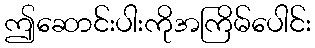
ဤဆောင်းပါးကိုအကြိမ်ပေါင်း